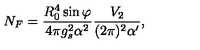
N _ { F } = \frac { R _ { 0 } ^ { 4 } \sin \varphi } { 4 \pi g _ { s } ^ { 2 } \alpha ^ { 2 } } \frac { V _ { 2 } } { ( 2 \pi ) ^ { 2 } \alpha ^ { \prime } } ,